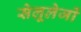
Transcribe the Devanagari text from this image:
सेलूलेजों